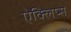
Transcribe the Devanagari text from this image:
ऐक्लिप्स